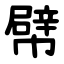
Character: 幦